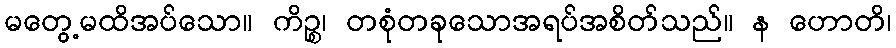
မတွေ့မထိအပ်သော။ ကိဉ္စ၊ တစုံတခုသောအရပ်အစိတ်သည်။ န ဟောတိ၊